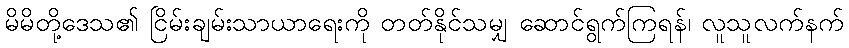
မိမိတို့ဒေသ၏ ငြိမ်းချမ်းသာယာရေးကို တတ်နိုင်သမျှ ဆောင်ရွက်ကြရန်၊ လူသူလက်နက်